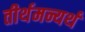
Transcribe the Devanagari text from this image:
तीर्थमन्यर्थं